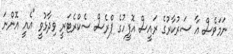
ނަމަވެސް އާ ސަރުކާރުގެ ރައީސް އޮފީހުގެ ޕްރެސް ސެކްރެޓަރީ ވިދާޅުވީ "އެއީ އޮންނަ